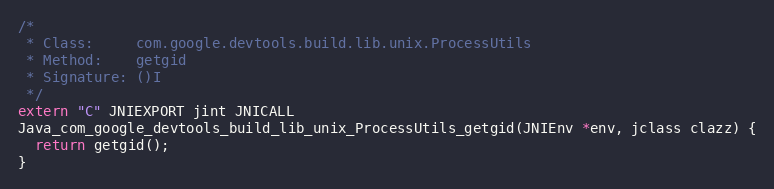
Language: C++
/*
 * Class:     com.google.devtools.build.lib.unix.ProcessUtils
 * Method:    getgid
 * Signature: ()I
 */
extern "C" JNIEXPORT jint JNICALL
Java_com_google_devtools_build_lib_unix_ProcessUtils_getgid(JNIEnv *env, jclass clazz) {
  return getgid();
}